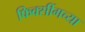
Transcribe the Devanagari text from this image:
फिक्सींगच्या